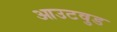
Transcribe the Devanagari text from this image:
आउटवुड